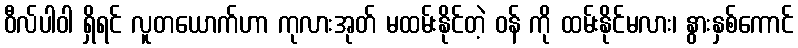
ဝီလ်ပါဝါ ရှိရင် လူတယောက်ဟာ ကုလားအုတ် မထမ်းနိုင်တဲ့ ဝန် ကို ထမ်းနိုင်မလား၊ နွားနှစ်ကောင်